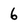
Character: 6